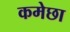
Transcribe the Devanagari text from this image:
कमेछा